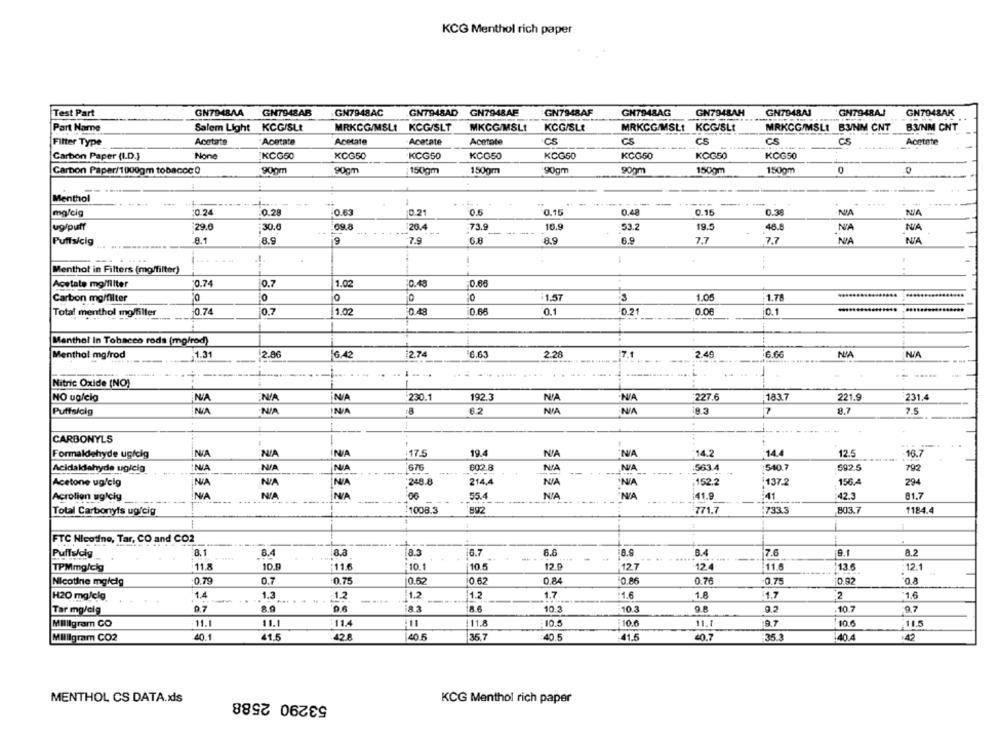
KCG Menthol rich paper
GN7948AI
GN7948AK
Test Part
GN794BAA
GN7948AB
GN7948AC
GN7948AD GN7948AE
GN7948AF
GH7948AG
GN794BAH
GN7948AJ
Salem Light KCGISLt
MRKCG/M&Lt KCG/SLT
MKGG/MSLt
KCG/SLt
MRKCG/MSLI KCGISLt
MRKCG/MSLt B3/NM CNT
83/NM CNT
Part Name
Filter Type
Acetate
Acetate
Acetate
Acetate
Acetate
CS
CS
CS
CS
CS
Acetate
KCG50
KCG50
KCG50
KGG50
KCG50
KCG50
KOG50
KCG50
Carbon Paper (I.D.)
90gm
90gm
150gm
150gm
90gm
90gm
150gm
150gm
0
Carbon Paper/1000gm tobacoc0
Menthol
----
--
mg/cig
0.24
0.28
0.63
0.21
0.6
0.15
0.48
0.15
0.38
ug/puff
29.6
30.0
69.8
20.4
73.9
10.9
53.2
19.5
48.8
NA
NA
Puffs/cig
8.1
8.9
9
7.9
6.8
8.9
6.9
7.7
7.7
NA
.1.
Menthot in Filters (mg/filter)
0.74
0.7
1.02
0.65
Acetate mo/filter
0.48
LA
0
0
1.57
1.05
1.78
.......
Carbon mg/filter
Total menthol mg/filter
0.74
0,7
1.02
0.48
0.66
0.1
0.21
0.06
0.1
.........
Menthol In Tobacco rods (mg/rod)
Menthol mg/rod
:1.31
2.80
6.42
12.74
6.63
220
7
6.66
NIA
NIA
.-...
Nitric Oxide (NO)
1
NO ug/cig
NA
230.1
192.3
NA
227.6
183.7
221.9
231.4
NA
Puffs/cig
IN/A
6.2
NIA
7
8.7
7.5
4
--
CARBONYLS
NA
NA
17.5
19.4
NIA
NIA
14.2
14.4
12.5
16.7
Formaldehyde ugicig
Acidaldehyde ugieig
676
602.8
NIA
563.4
:540.7
592.5
792
Acetone ug/cig
NA
248.8
214,4
NIA
152.2
1137.2
156.4
294
Acrolien uglcig
NA
NA
55.4
NIA
41.9
:41
42.3
81.7
Total Carbonyis ug/cig
1008.3
89
771.7
733.3
803.7
1184.4
FTC Nicotine, Tar, CO and CO2
Puffs/cig
8.1
8.4
8.8
8.3
6.7
6.6
B.
7.6
9.1
8.2
116
10.1
12.4
13 6
12.1
TPMmg/cig
11.8
10.9
10.5
12.9
12.7
11.6
0.75
0.62
Nicotine mgleig
0.79
0.7
0.62
0.84
0.86
0.76
-0.75
0.92
"0.8
1.4
1.3
1.2
1.7
1.6
1.8
11.7
H20 mg/clg
-.
-1.2
1.2
2
:1.6
9.7
83
10.3
10.3
10.7
9.7
Tar mg/eig
Milligram CO
11.1
11.1
11.4
11
111.8
10.5
10.0
11.1
9.7
10.6
11.5
Milligram CO2
40.1
41.5
42.8
40.5
36.7
40.5
41.5
40.7
35.3
.40.4
:42
53290 2588
MENTHOL CS DATA.xls
KCG Menthol rich paper